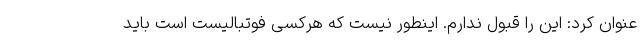
عنوان کرد: این را قبول ندارم. اینطور نیست که هرکسی فوتبالیست است باید